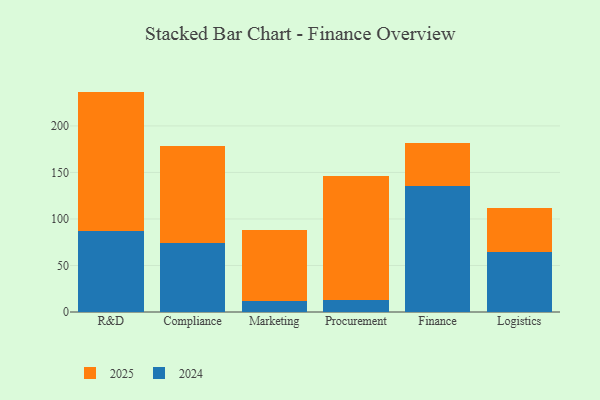
{"axis": {"x": "Department", "y": "Satisfaction Score"}, "legend": ["2024", "2025"], "data": [{"x": "R&D", "y": 87.6, "type": "2024"}, {"x": "R&D", "y": 149.3, "type": "2025"}, {"x": "Compliance", "y": 73.9, "type": "2024"}, {"x": "Compliance", "y": 104.3, "type": "2025"}, {"x": "Marketing", "y": 11.4, "type": "2024"}, {"x": "Marketing", "y": 76.8, "type": "2025"}, {"x": "Procurement", "y": 13.2, "type": "2024"}, {"x": "Procurement", "y": 132.7, "type": "2025"}, {"x": "Finance", "y": 135.3, "type": "2024"}, {"x": "Finance", "y": 46.4, "type": "2025"}, {"x": "Logistics", "y": 64.4, "type": "2024"}, {"x": "Logistics", "y": 46.9, "type": "2025"}]}